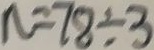
n = 7 8 \div 3